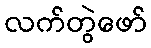
လက်တွဲဖော်